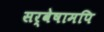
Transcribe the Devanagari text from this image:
सर्वेषामपि